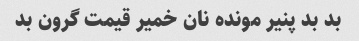
بد بد پنیر مونده نان خمیر قیمت گرون بد